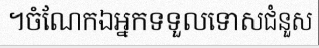
។ចំណែកឯអ្នកទទួលទោសជំនួស